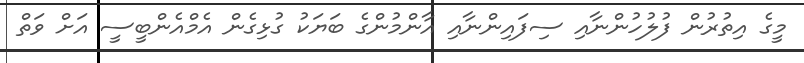
މީގެ އިތުރުން ފުލުހުންނާއި ސިފައިންނާއި އާންމުންގެ ބަޔަކު ގުޅިގެން އެމްއެންބީސީ އަށް ވަތް